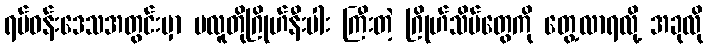
ရပ်ဝန်းဒေသအတွင်းမှာ ပလူတိုဂြိုဟ်နီးပါး ကြီးတဲ့ ဂြိုဟ်သိမ်တွေကို တွေ့လာရလို့ အခုလို